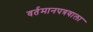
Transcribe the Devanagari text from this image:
वर्तमानपत्रवाला